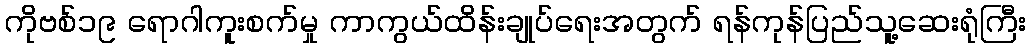
ကိုဗစ်၁၉ ရောဂါကူးစက်မှု ကာကွယ်ထိန်းချုပ်ရေးအတွက် ရန်ကုန်ပြည်သူ့ဆေးရုံကြီး